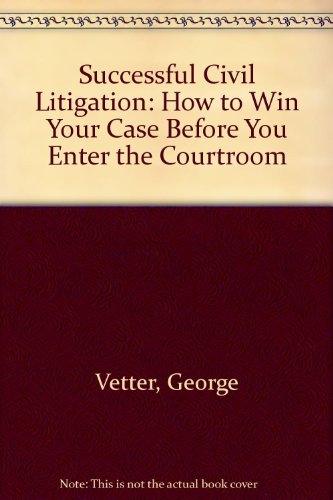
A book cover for Successful Civil Litigation: How to Win Your Case Before You Enter the Courtroom; George Vetter; Law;